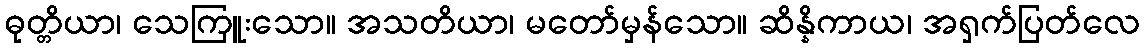
ဓုတ္တိယာ၊ သေကြူးသော။ အသတိယာ၊ မတော်မှန်သော။ ဆိန္နိကာယ၊ အရှက်ပြတ်လေ